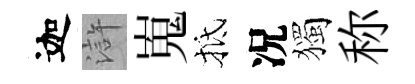
迦滸嵬抵况獨称